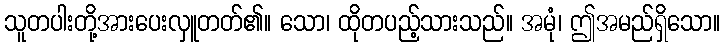
သူတပါးတို့အားပေးလှူတတ်၏။ သော၊ ထိုတပည့်သားသည်။ အမုံ၊ ဤအမည်ရှိသော။